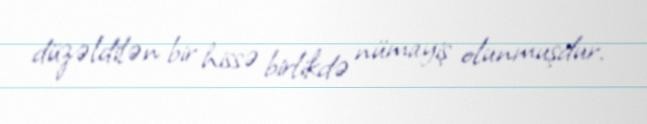
düzəldilən bir hissə birlikdə nümayiş olunmuşdur.